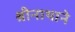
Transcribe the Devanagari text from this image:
श्रीनाथाने